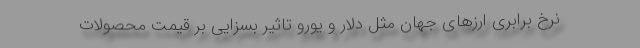
نرخ برابری ارزهای جهان مثل دلار و یورو تاثیر بسزایی بر قیمت محصولات